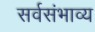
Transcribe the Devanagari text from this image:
सर्वसंभाव्य